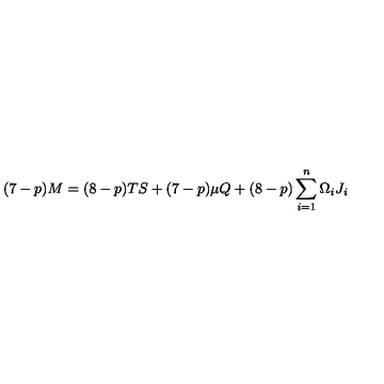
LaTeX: ( 7 - p ) M = ( 8 - p ) T S + ( 7 - p ) \mu Q + ( 8 - p ) \sum _ { i = 1 } ^ { n } \Omega _ { i } J _ { i }